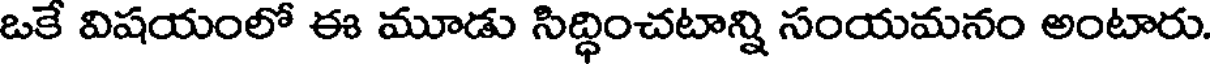
ఒకే విషయంలో ఈ మూడు సిద్ధించటాన్ని సంయమనం అంటారు